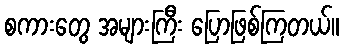
စကားတွေ အများကြီး ပြောဖြစ်ကြတယ်။